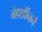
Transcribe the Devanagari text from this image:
बेहार्डीनने